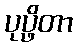
ပုပ္ဖိတာ